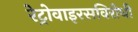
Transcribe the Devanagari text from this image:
रेट्रोवाइरसविरोधी